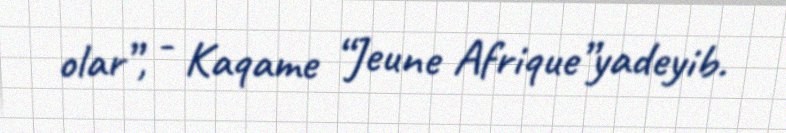
olar”, - Kaqame “Jeune Afrique”yadeyib.